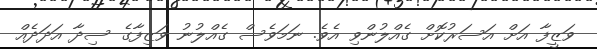
ވަޒީފާ އަށް އަސަރުކޮށް ގެއްލުންވި އެވެ. ނަމަވެސް ގެއްލުނު ވަޒިފާގެ ސިދާ އަދަދެއް